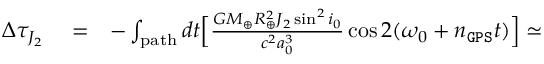
\begin{array} { r l r } { \Delta \tau _ { J _ { 2 } } } & { { } = } & { - \int _ { \mathrm { p a t h } } d t \Big [ \frac { G M _ { \oplus } R _ { \oplus } ^ { 2 } J _ { 2 } \sin ^ { 2 } i _ { 0 } } { c ^ { 2 } a _ { 0 } ^ { 3 } } \cos 2 ( \omega _ { 0 } + n _ { \tt G P S } t ) \Big ] \simeq } \end{array}